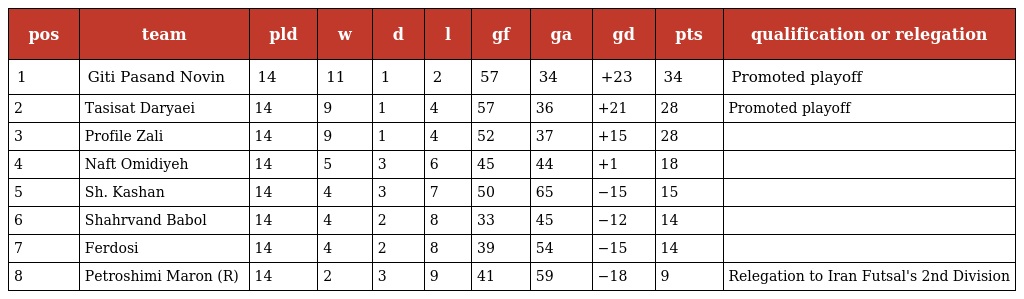
| pos | team | pld | w | d | l | gf | ga | gd | pts | qualification or relegation |
 | --- | --- | --- | --- | --- | --- | --- | --- | --- | --- | --- |
 | 1 | Giti Pasand Novin | 14 | 11 | 1 | 2 | 57 | 34 | +23 | 34 | Promoted playoff |
 | 2 | Tasisat Daryaei | 14 | 9 | 1 | 4 | 57 | 36 | +21 | 28 | Promoted playoff |
 | 3 | Profile Zali | 14 | 9 | 1 | 4 | 52 | 37 | +15 | 28 |  |
 | 4 | Naft Omidiyeh | 14 | 5 | 3 | 6 | 45 | 44 | +1 | 18 |  |
 | 5 | Sh. Kashan | 14 | 4 | 3 | 7 | 50 | 65 | −15 | 15 |  |
 | 6 | Shahrvand Babol | 14 | 4 | 2 | 8 | 33 | 45 | −12 | 14 |  |
 | 7 | Ferdosi | 14 | 4 | 2 | 8 | 39 | 54 | −15 | 14 |  |
 | 8 | Petroshimi Maron (R) | 14 | 2 | 3 | 9 | 41 | 59 | −18 | 9 | Relegation to Iran Futsal's 2nd Division |